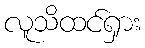
လူသိထင်ရှား